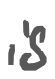
Text: is
Cross-out: clean
Writing tool: digital_gray